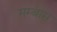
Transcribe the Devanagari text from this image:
मम्बास